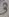
Text: 3